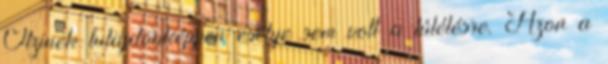
Ötzinek tulajdonképpen esélye sem volt a túlélésre. Azon a